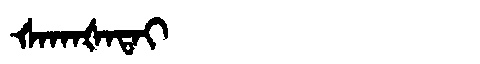
Manchu: ᡧᠠᡴᠠᡧᠠᡨᠠᡳ
Romanization: ŠAKAŠATAI